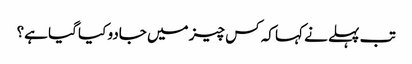
تب پہلے نے کہا کہ کس چیز میں جادو کیا گیا ہے؟